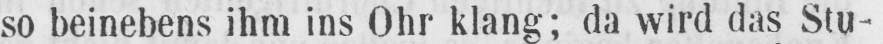
so beinebens ihm ins Ohr klang; da wird das Stu-